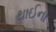
થાઈના